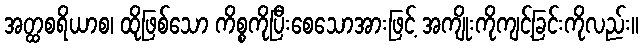
အတ္ထစရိယာစ၊ ထိုဖြစ်သော ကိစ္စကိုပြီးစေသောအားဖြင့် အကျိုးကိုကျင့်ခြင်းကိုလည်း။